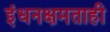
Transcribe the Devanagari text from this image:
इंधनक्षमताही